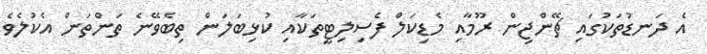
އެ ދަނޑުތަކުގައި ޗޭންޖިން ރޫމާއި މެޑިކަލް ފެސިލިޓީތަކާއި ކުޅިބަލަން ތިބެވޭނެ ތަންތަން އެކުލެވެ